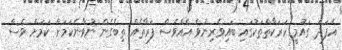
އެފަދަ ގައުމީ ހަރަކާތްތަކުގައި ބައިވެރިނުވެ އެއްވެސް ފަރާތެއް ތިބެގެން ނުވާނެކަމަށް ކަމަށް ވެސް